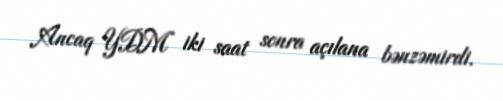
Ancaq YDM iki saat sonra açılana bənzəmirdi.